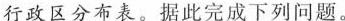
行政区分布表。据此完成下列问题。